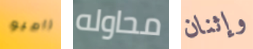
رامبو محاوله وإثنان